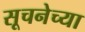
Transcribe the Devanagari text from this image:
सूचनेच्या